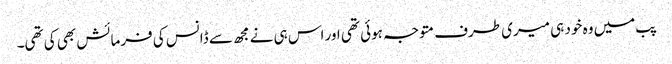
پب میں وہ خود ہی میری طرف متوجہ ہوئی تھی اور اس ہی نے مجھ سے ڈانس کی فرمائش بھی کی تھی۔